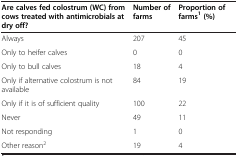
<table><thead><tr><td><b>Are calves fed colostrum (WC) from cows treated with antimicrobials at dry off?</b></td><td><b>Number of farms</b></td><td><b>Proportion of farms<sup>1 </sup>(%)</b></td></tr></thead><tbody><tr><td>Always</td><td>207</td><td>45</td></tr><tr><td>Only to heifer calves</td><td>0</td><td>0</td></tr><tr><td>Only to bull calves</td><td>18</td><td>4</td></tr><tr><td>Only if alternative colostrum is not available</td><td>84</td><td>19</td></tr><tr><td>Only if it is of sufficient quality</td><td>100</td><td>22</td></tr><tr><td>Never</td><td>49</td><td>11</td></tr><tr><td>Not responding</td><td>1</td><td>0</td></tr><tr><td>Other reason<sup>2</sup></td><td>19</td><td>4</td></tr></tbody></table>